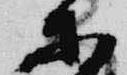
等